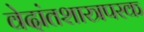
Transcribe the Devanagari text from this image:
वेदांतशास्त्रपरक